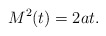
\begin{align*}M^2(t)=2a t.\end{align*}